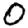
Digit: 0